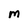
Character: M